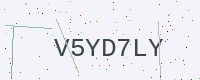
Text: V5YD7LY